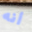
أنه